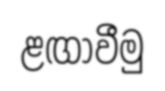
ළඟාවීමු